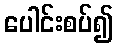
ပေါင်းစပ်၍